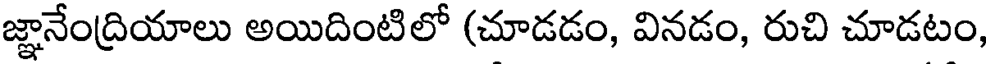
జ్ఞానేంద్రియాలు అయిదింటిలో (చూడడం, వినడం, రుచి చూడటం,